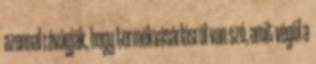
azonnal rávágják, hogy termékvásárlásról van szó, amit végül a